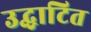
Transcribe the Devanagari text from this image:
उद्धाटित